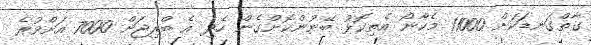
ގާތްގަނޑަކަށް 11000 މެކާނޯ އެތިކޮޅު ބޭނުންކޮށްގެން ހެދި އެ ބްރިޖަށް 7000 އަށްވުރެ